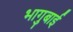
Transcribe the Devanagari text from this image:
भागुबाई